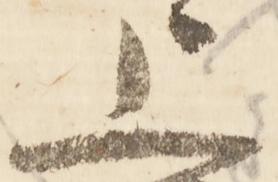
上